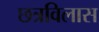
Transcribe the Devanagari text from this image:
छत्रविलास